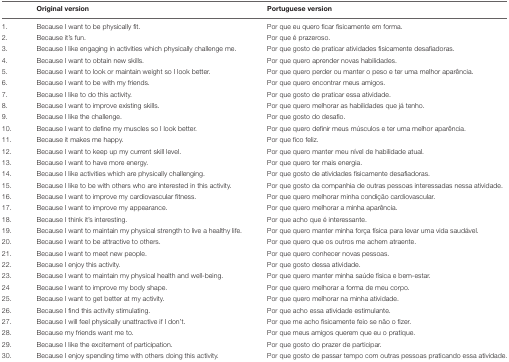
<table><thead><tr><td></td><td><b>Original version</b></td><td><b>Portuguese version</b></td></tr></thead><tbody><tr><td>1.</td><td>Because I want to be physically fit.</td><td>Por que eu quero ficar fisicamente em forma.</td></tr><tr><td>2.</td><td>Because it’s fun.</td><td>Por que é prazeroso.</td></tr><tr><td>3.</td><td>Because I like engaging in activities which physically challenge me.</td><td>Por que gosto de praticar atividades fisicamente desafiadoras.</td></tr><tr><td>4.</td><td>Because I want to obtain new skills.</td><td>Por que quero aprender novas habilidades.</td></tr><tr><td>5.</td><td>Because I want to look or maintain weight so I look better.</td><td>Por que quero perder ou manter o peso e ter uma melhor aparência.</td></tr><tr><td>6.</td><td>Because I want to be with my friends.</td><td>Por que quero encontrar meus amigos.</td></tr><tr><td>7.</td><td>Because I like to do this activity.</td><td>Por que gosto de praticar essa atividade.</td></tr><tr><td>8.</td><td>Because I want to improve existing skills.</td><td>Por que quero melhorar as habilidades que já tenho.</td></tr><tr><td>9.</td><td>Because I like the challenge.</td><td>Por que gosto do desafio.</td></tr><tr><td>10.</td><td>Because I want to define my muscles so I look better.</td><td>Por que quero definir meus músculos e ter uma melhor aparência.</td></tr><tr><td>11.</td><td>Because it makes me happy.</td><td>Por que fico feliz.</td></tr><tr><td>12.</td><td>Because I want to keep up my current skill level.</td><td>Por que quero manter meu nível de habilidade atual.</td></tr><tr><td>13.</td><td>Because I want to have more energy.</td><td>Por que quero ter mais energia.</td></tr><tr><td>14.</td><td>Because I like activities which are physically challenging.</td><td>Por que gosto de atividades fisicamente desafiadoras.</td></tr><tr><td>15.</td><td>Because I like to be with others who are interested in this activity.</td><td>Por que gosto da companhia de outras pessoas interessadas nessa atividade.</td></tr><tr><td>16.</td><td>Because I want to improve my cardiovascular fitness.</td><td>Por que quero melhorar minha condição cardiovascular.</td></tr><tr><td>17.</td><td>Because I want to improve my appearance.</td><td>Por que quero melhorar a minha aparência.</td></tr><tr><td>18.</td><td>Because I think it’s interesting.</td><td>Por que acho que é interessante.</td></tr><tr><td>19.</td><td>Because I want to maintain my physical strength to live a healthy life.</td><td>Por que quero manter minha força física para levar uma vida saudável.</td></tr><tr><td>20.</td><td>Because I want to be attractive to others.</td><td>Por que quero que os outros me achem atraente.</td></tr><tr><td>21.</td><td>Because I want to meet new people.</td><td>Por que quero conhecer novas pessoas.</td></tr><tr><td>22.</td><td>Because I enjoy this activity.</td><td>Por que gosto dessa atividade.</td></tr><tr><td>23.</td><td>Because I want to maintain my physical health and well-being.</td><td>Por que quero manter minha saúde física e bem-estar.</td></tr><tr><td>24</td><td>Because I want to improve my body shape.</td><td>Por que quero melhorar a forma de meu corpo.</td></tr><tr><td>25.</td><td>Because I want to get better at my activity.</td><td>Por que quero melhorar na minha atividade.</td></tr><tr><td>26.</td><td>Because I find this activity stimulating.</td><td>Por que acho essa atividade estimulante.</td></tr><tr><td>27.</td><td>Because I will feel physically unattractive if I don’t.</td><td>Por que me acho fisicamente feio se não o fizer.</td></tr><tr><td>28.</td><td>Because my friends want me to.</td><td>Por que meus amigos querem que eu o pratique.</td></tr><tr><td>29.</td><td>Because I like the excitement of participation.</td><td>Por que gosto do prazer de participar.</td></tr><tr><td>30.</td><td>Because I enjoy spending time with others doing this activity.</td><td>Por que gosto de passar tempo com outras pessoas praticando essa atividade.</td></tr></tbody></table>